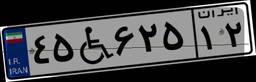
۷۳W۵۶۹۰۶